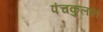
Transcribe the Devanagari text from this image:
पंचकुलात